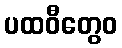
ပထဝီတွေဝ